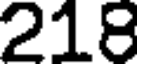
218